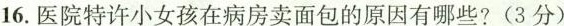
16.医院特许小女孩在病房卖面包的原因有哪些?(3分)